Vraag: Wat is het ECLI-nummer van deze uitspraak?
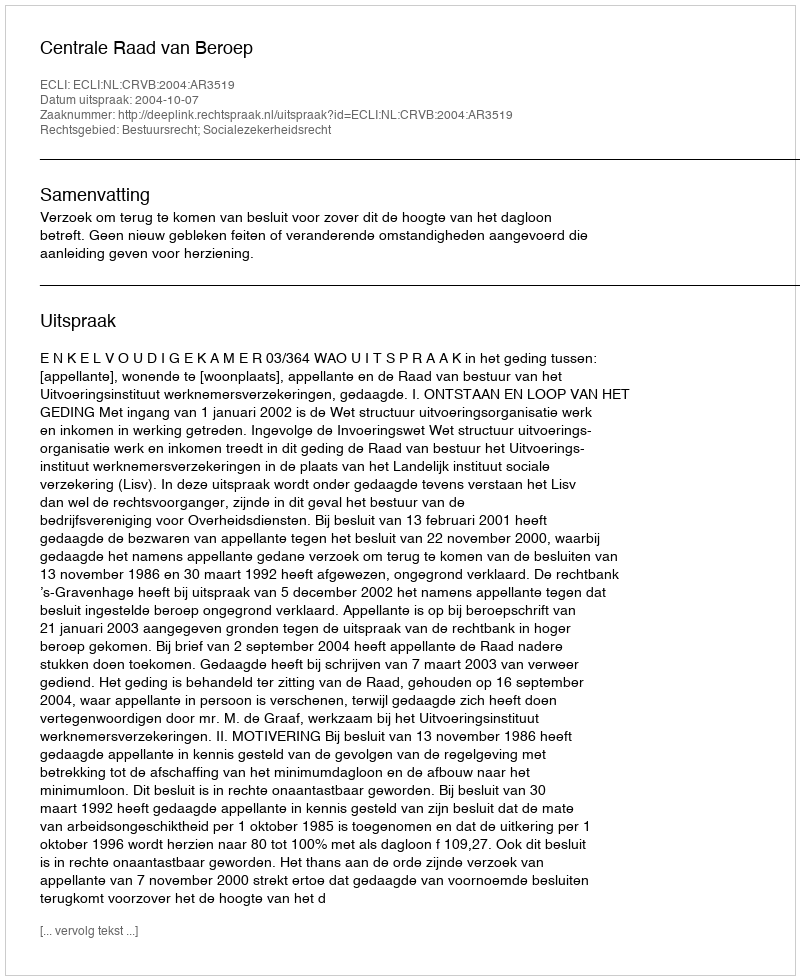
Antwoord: ECLI:NL:CRVB:2004:AR3519